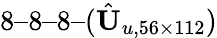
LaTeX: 8–8–8–(\hat{\textit{\textbf{U}}}_{u,56\times 112})